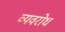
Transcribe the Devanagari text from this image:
व्यवरोध